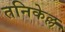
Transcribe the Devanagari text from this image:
तनिकेल्ल